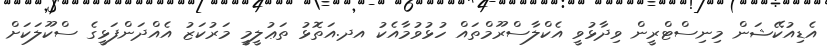
އެޑިއުކޭޝަން މިނިސްޓްރީން ވިދާޅުވީ އެކްލާސްރޫމްތައް ހުޅުވުމާއެކު އދ.އަތޮޅު ތަޢުލީމީ މަރުކަޒު އެއްދަންފަޅީގެ ސްކޫލަކަށް